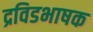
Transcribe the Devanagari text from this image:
द्रविडभाषक